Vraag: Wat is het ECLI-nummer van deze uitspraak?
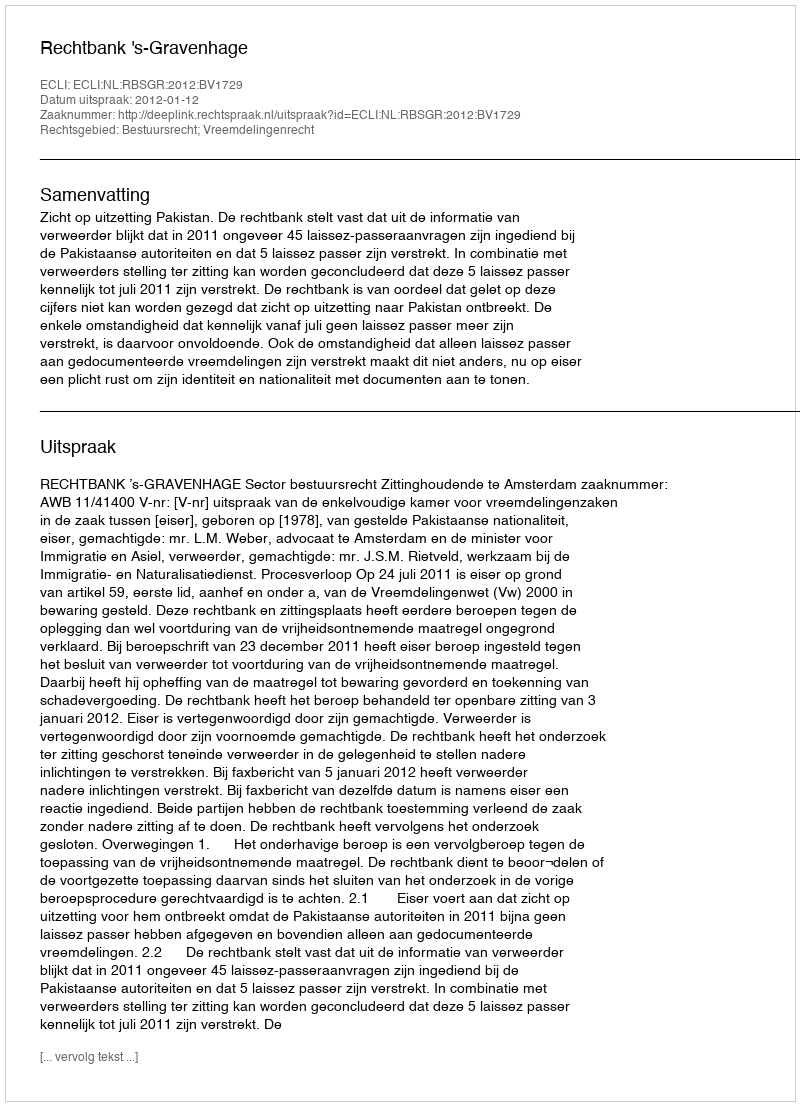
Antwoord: ECLI:NL:RBSGR:2012:BV1729